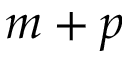
m + p